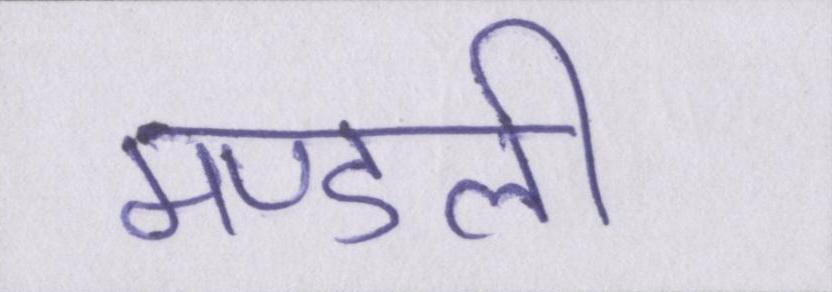
मण्डली